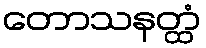
တောသနတ္ထံ